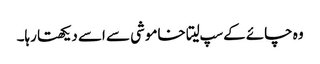
وہ چائے کے سپ لیتا خاموشی سے اسے دیکھتا رہا۔